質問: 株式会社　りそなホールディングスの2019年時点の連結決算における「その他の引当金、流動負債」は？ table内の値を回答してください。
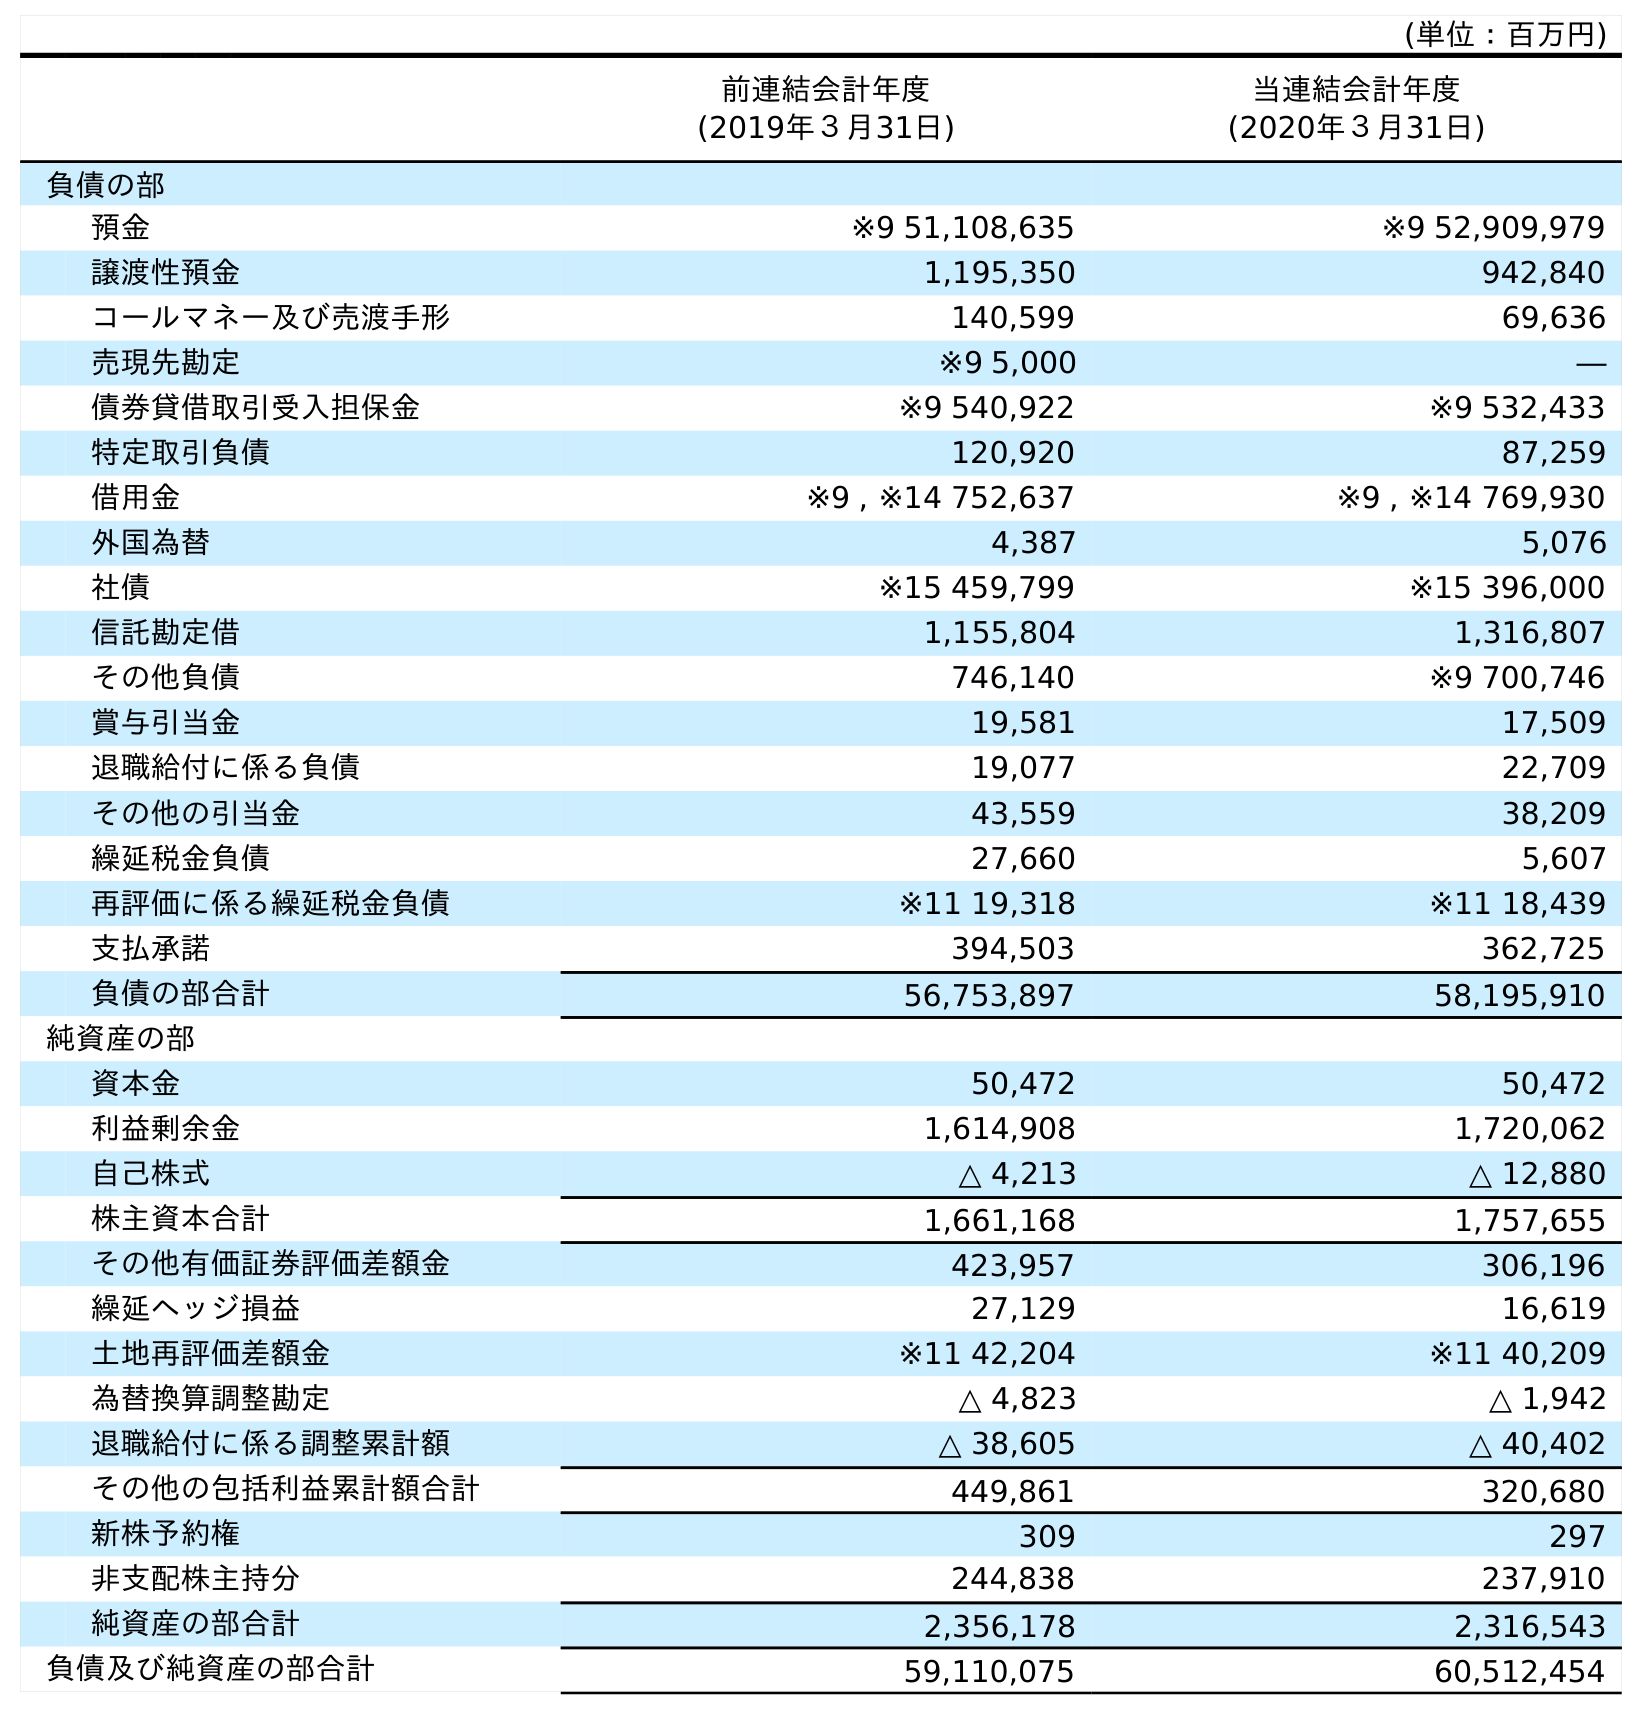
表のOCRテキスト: (単位：百万円) 前連結会計年度 (2019年３月31日) 当連結会計年度 (2020年３月31日) 負債の部 預金 ※9 51,108,635 ※9 52,909,979 譲渡性預金 1,195,350 942,840 コールマネー及び売渡手形 140,599 69,636 売現先勘定 ※9 5,000 ― 債券貸借取引受入担保金 ※9 540,922 ※9 532,433 特定取引負債 120,920 87,259 借用金 ※9 , ※14 752,637 ※9 , ※14 769,930 外国為替 4,387 5,076 社債 ※15 459,799 ※15 396,000 信託勘定借 1,155,804 1,316,807 その他負債 746,140 ※9 700,746 賞与引当金 19,581 17,509 退職給付に係る負債 19,077 22,709 その他の引当金 43,559 38,209 繰延税金負債 27,660 5,607 再評価に係る繰延税金負債 ※11 19,318 ※11 18,439 支払承諾 394,503 362,725 負債の部合計 56,753,897 58,195,910 純資産の部 資本金 50,472 50,472 利益剰余金 1,614,908 1,720,062 自己株式 △ 4,213 △ 12,880 株主資本合計 1,661,168 1,757,655 その他有価証券評価差額金 423,957 306,196 繰延ヘッジ損益 27,129 16,619 土地再評価差額金 ※11 42,204 ※11 40,209 為替換算調整勘定 △ 4,823 △ 1,942 退職給付に係る調整累計額 △ 38,605 △ 40,402 その他の包括利益累計額合計 449,861 320,680 新株予約権 309 297 非支配株主持分 244,838 237,910 純資産の部合計 2,356,178 2,316,543 負債及び純資産の部合計 59,110,075 60,512,454
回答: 43,559